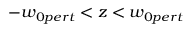
- w _ { 0 p e r t } < z < w _ { 0 p e r t }